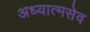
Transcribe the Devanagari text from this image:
अध्यात्मसेव